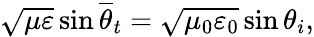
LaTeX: \sqrt{\mu\varepsilon}\sin\overline{{\theta}}_{t}=\sqrt{\mu_{0}\varepsilon_{0}}\sin\theta_{i},